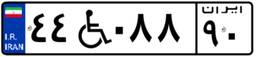
۴۴W۰۸۸۹۰